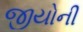
જીયોની